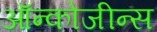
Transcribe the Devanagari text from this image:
ऑन्कोजीन्स